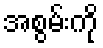
အစွမ်းကို